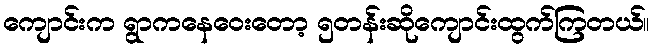
ကျောင်းက ရွာကနေဝေးတော့ ၅တန်းဆိုကျောင်းထွက်ကြတယ်။